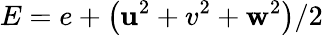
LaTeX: E=e+\left(\mathbf{u}^{2}+v^{2}+\mathbf{w}^{2}\right)/2